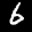
Label: 6